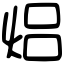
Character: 焒